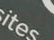
بدي